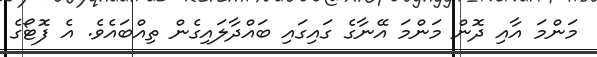
މަންމަ އާއި ދޮން މަންމަ އޭނާގެ ގައިގައި ބައްދާލައިގެން ތިއްބައެވެ. އެ ފޮޓޯގެ